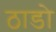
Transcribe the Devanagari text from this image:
ठाडो